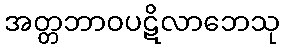
အတ္တဘာဝပဋိလာဘေသု